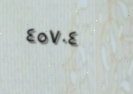
٤٥٧٠٤